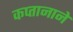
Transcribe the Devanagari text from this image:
कप्‍तानाने